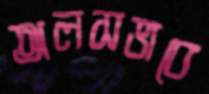
অলসভাবে